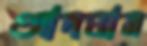
আদমান